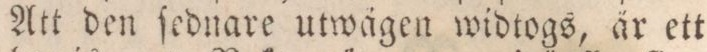
Att den ſednare utwägen widtogs, är ett